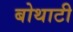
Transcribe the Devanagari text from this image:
बोथाटी